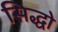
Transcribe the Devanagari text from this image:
सिद्धो